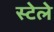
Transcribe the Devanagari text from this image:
स्टेले